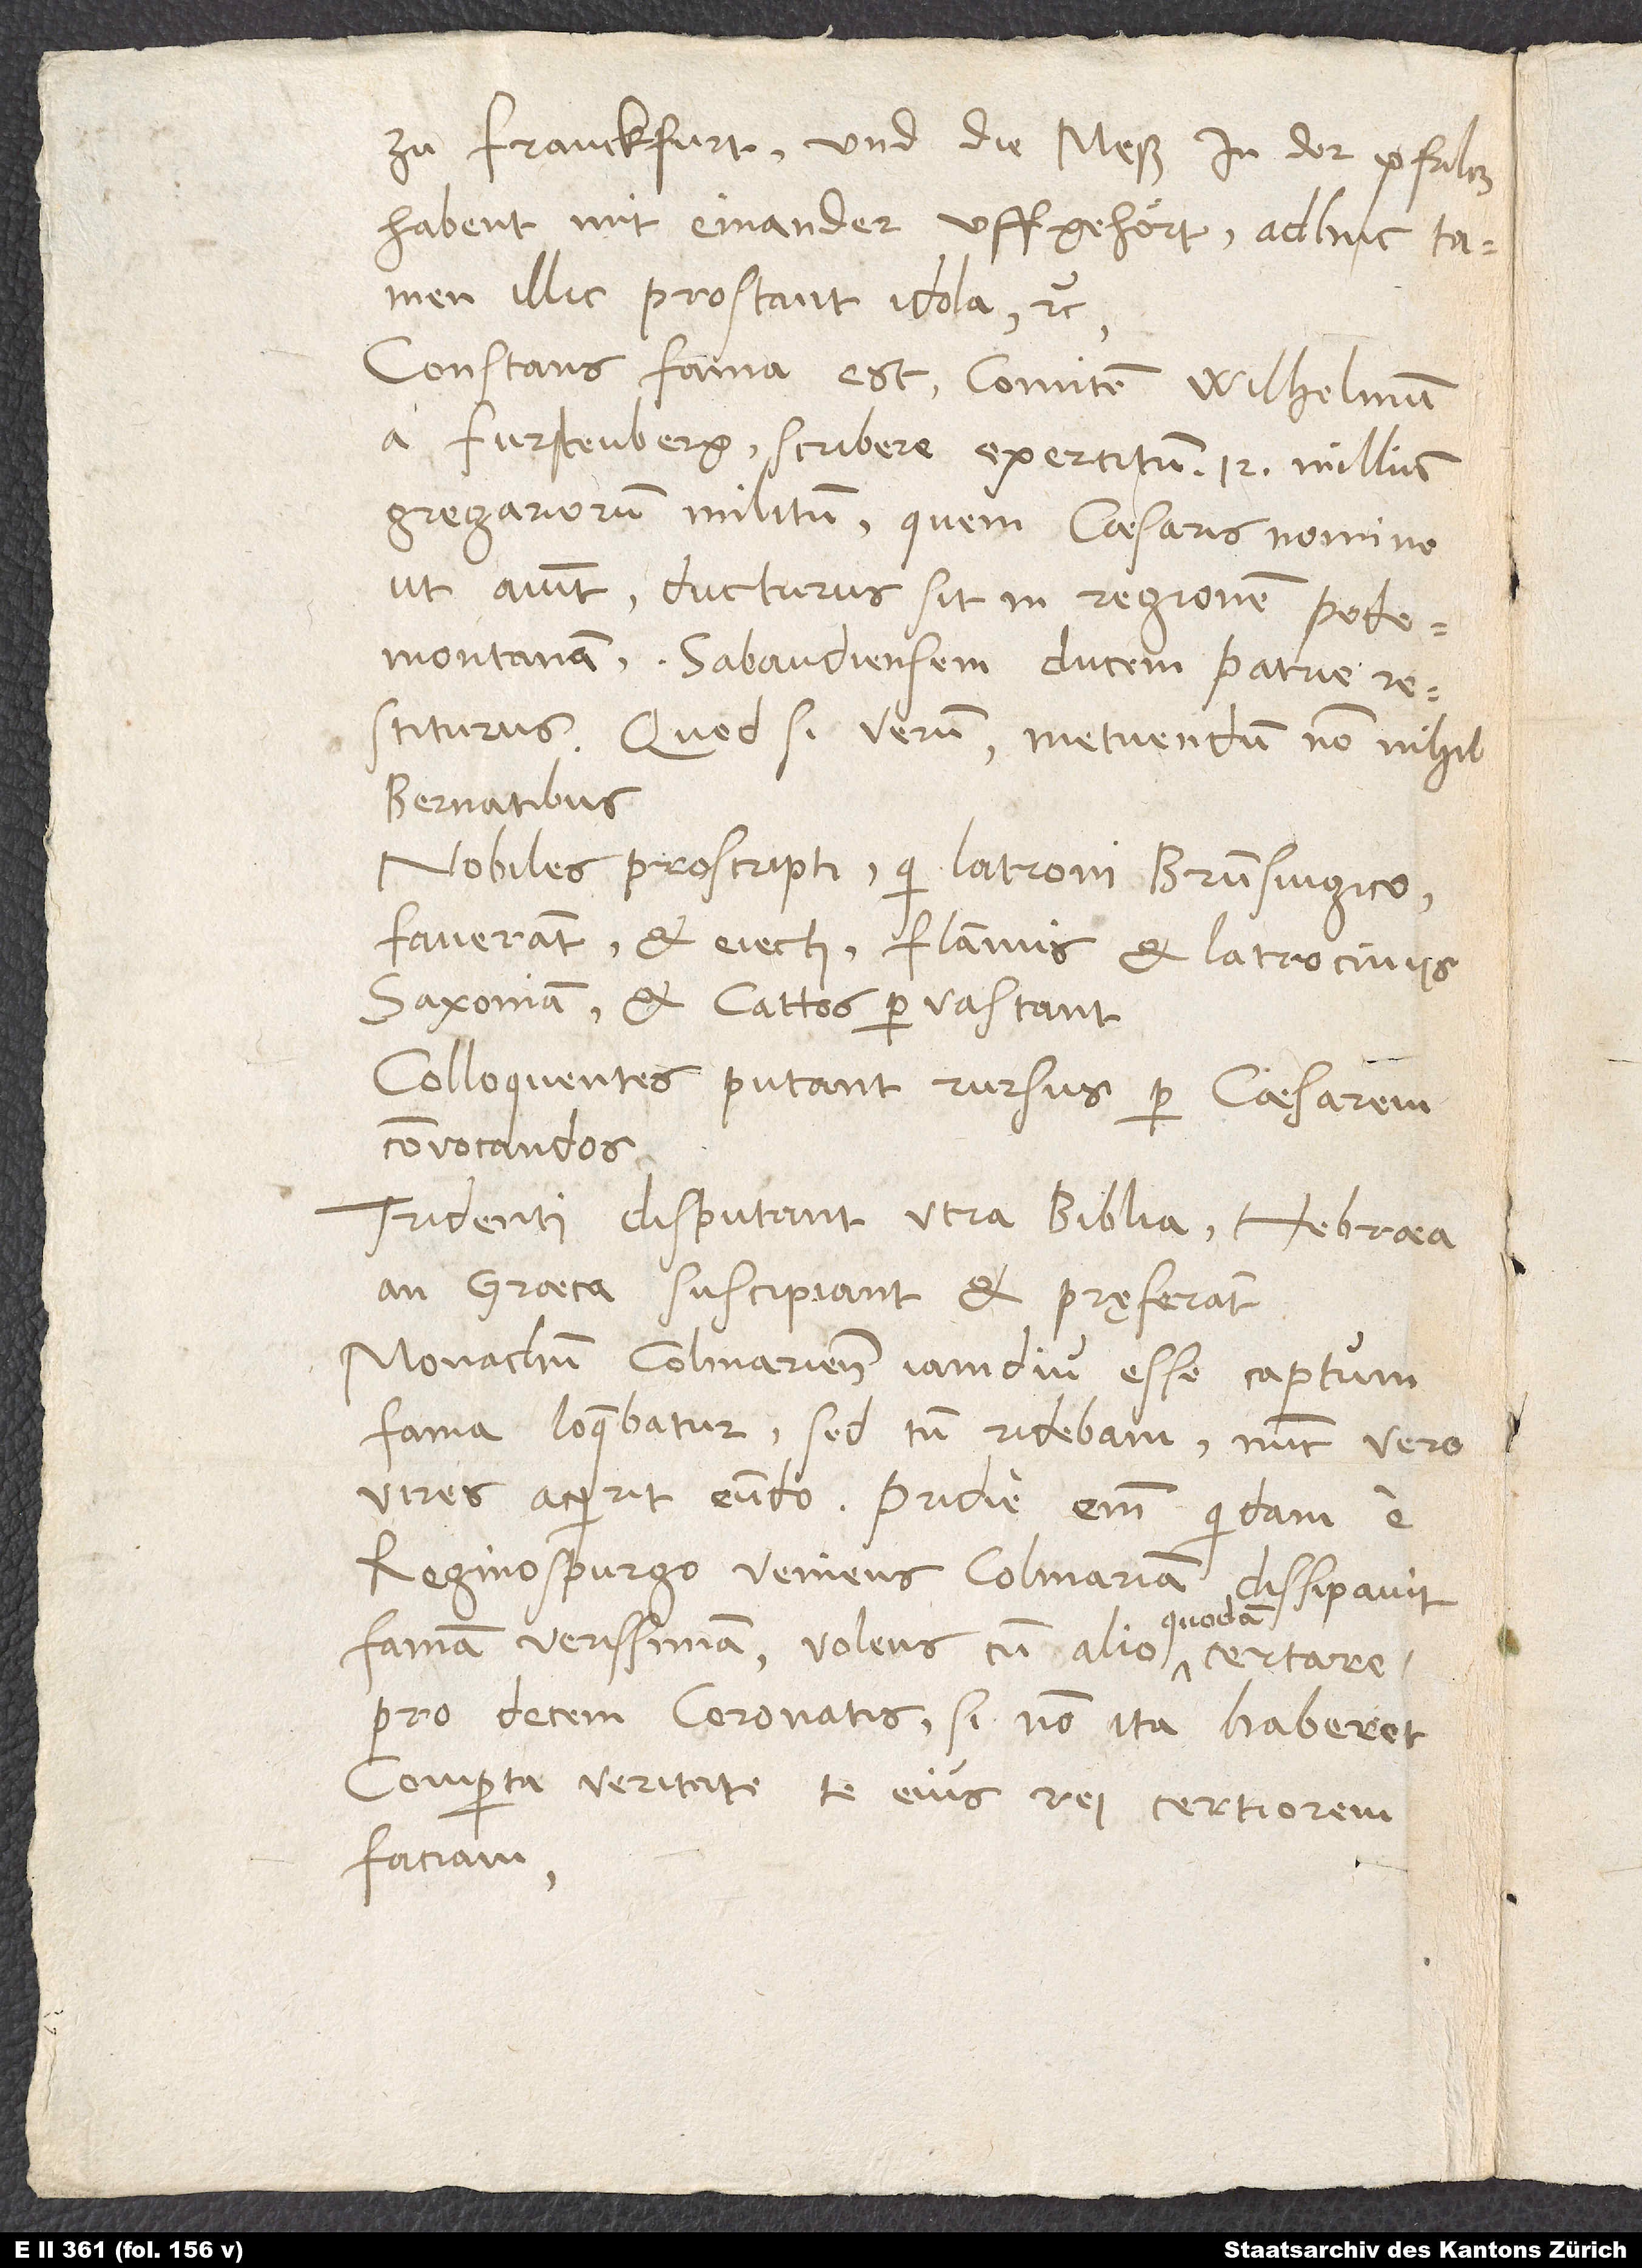
zu Franckfurt und die meß in der Pfaltz
habend mit einander uffgehoͤrt.“ Adhuc tamen
illic prostant idola, etc.
Constans fama est comitem Wilhelmum
a Furstenberg scribere exercitum 12 millium
gregariorum militum, quem caesaris nomine,
ut aiunt, ducturus sit in regionem Pedemontanam,
Sabaudiensem ducem patrie
quod, si verum, metuendum non nihil
Bernatibus.
Nobiles proscripti (qui latroni Brunsvigico
faverant) et eiecti flammis et latrociniis
Saxoniam et Cattos pervastant.
Colloquentes putant rursus per caesarem
convocandos.
Tridenti disputant, utra Biblia, Hebraea
an Graeca, suscipiant et pręferant.
Monachum Colmariensem iamdiu esse captum
fama loquebatur, sed tum ridebam. Nunc vero
vires acquirit eundo: Pridie enim quidam e
Reginospurgo veniens Colmariam dissipavit
famam verissimam volens cum alio quodam certare
pro decem coronatis, si non ita haberet.
Comperta veritate te eius rei certiorem
faciam.